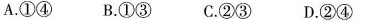
A.①④ B.①③ C.②③ D.②④